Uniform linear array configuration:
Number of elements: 16
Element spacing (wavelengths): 0.25
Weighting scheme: kaiser
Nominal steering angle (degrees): -15
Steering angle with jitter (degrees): -16.645
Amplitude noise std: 0.05
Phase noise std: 0.05

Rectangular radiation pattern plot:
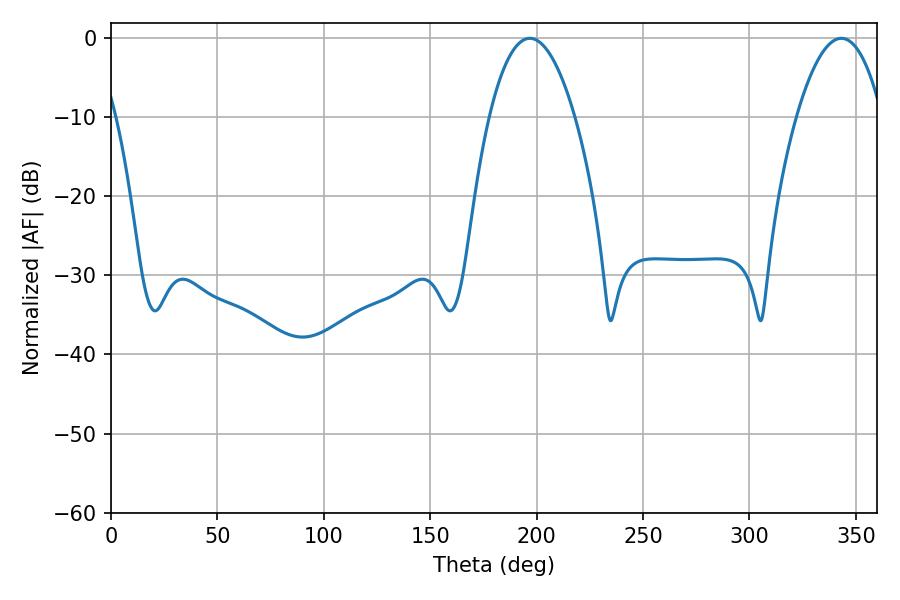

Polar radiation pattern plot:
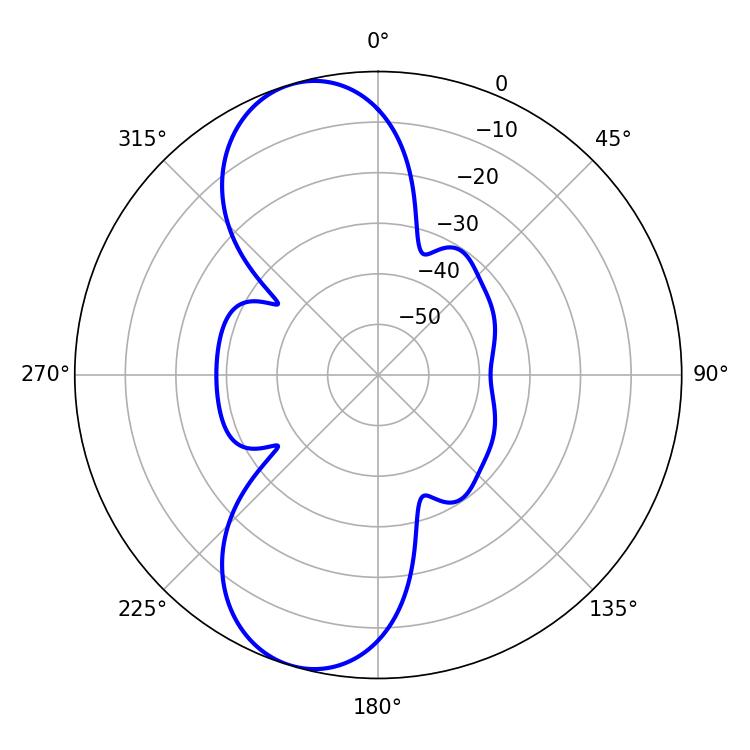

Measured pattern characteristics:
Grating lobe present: FALSE
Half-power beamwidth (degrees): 22.32
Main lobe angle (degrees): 196.74